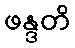
ဖန္ဒတိ